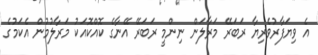
އެ ވިޔަފާރުވެރިޔާ ރަބަރޭ މަރާލަން ނިންމީ ރަބަރޭ އޭނާގެ ކޮއްކޮއަކު މަރާލުމުން އެކަމުގެ